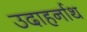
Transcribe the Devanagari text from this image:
उदाहर्नाथ